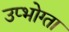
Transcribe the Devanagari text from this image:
उप्भोग्ता